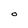
Character: O